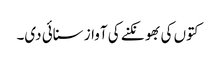
کتوں کی بھونکنے کی آواز سنائی دی۔